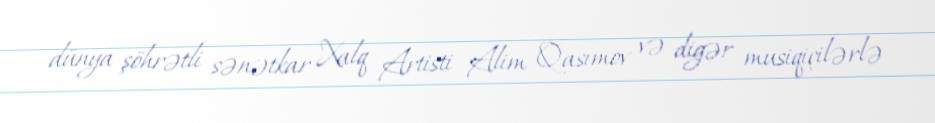
dünya şöhrətli sənətkar Xalq Artisti Alim Qasımov və digər musiqiçilərlə